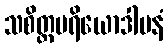
သစိတ္တပရိယောဒါပနံ